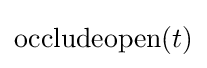
\mathrm {occludeopen} (t)